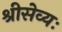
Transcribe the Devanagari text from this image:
श्रीसेव्यः